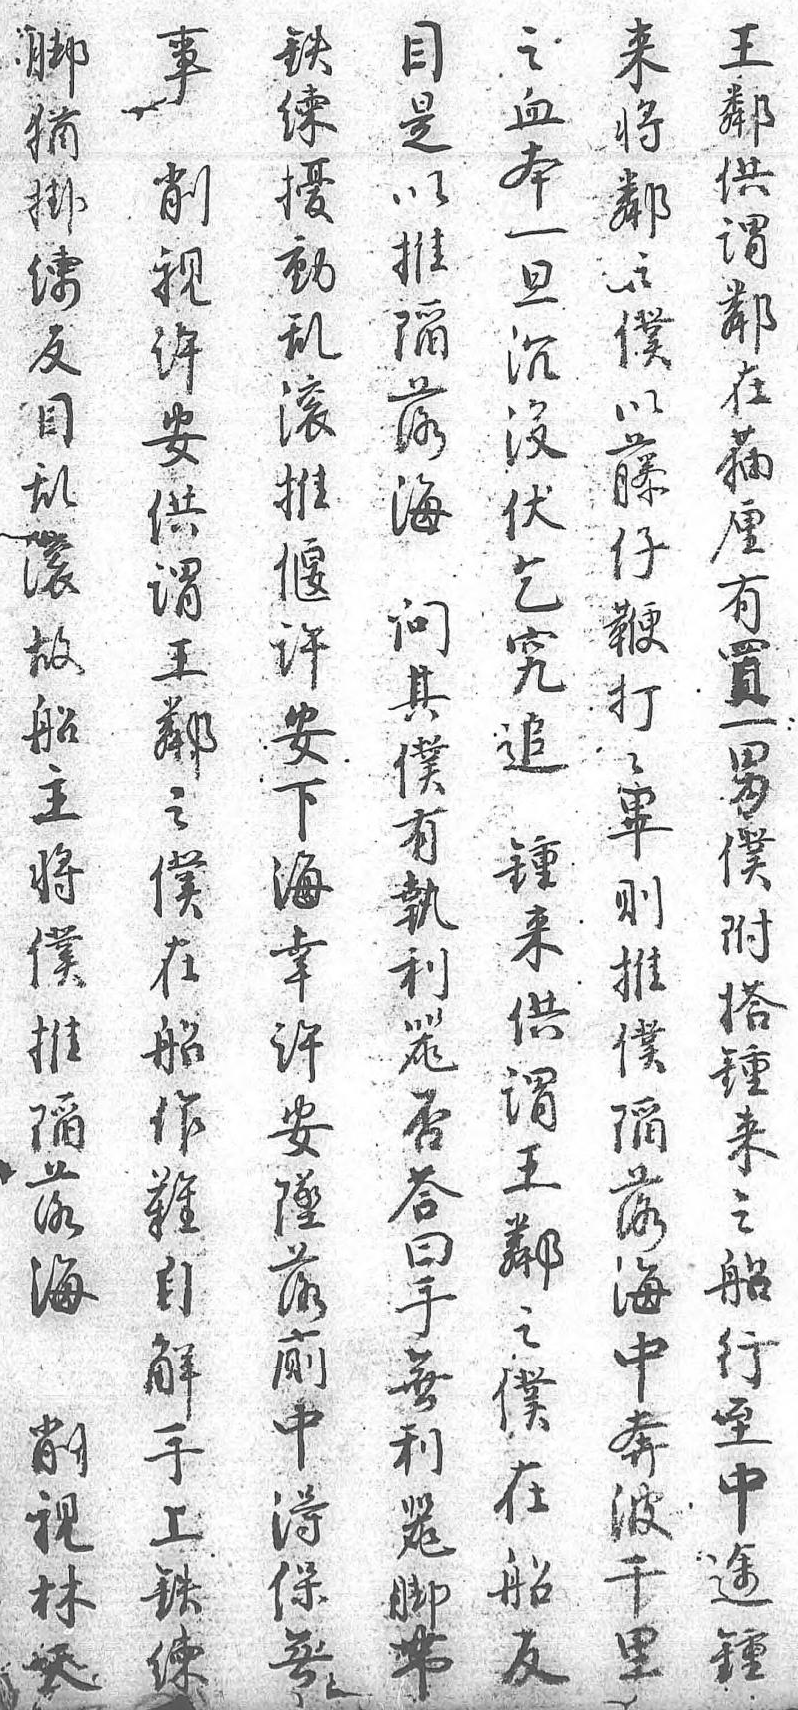
腳事鐵王之目來猶 鏈鄰血是將掛削擾供本以鄰練視動謂一推之反許亂鄰旦陷僕目安滚在沉落以亂供推貓没海藤滚謂偃厘伏 仔故王許有乞問鞭船鄰安買究其打主之下一追僕打將僕海男 有畢僕在幸僕鍾執則推船許附來利推陷作安搭供器僕落難墜鍾謂否陷海自落來王答落削解厠之鄰曰海視手中船之手中林上得行僕無奔天鐵保至在利波 練無中船器千   途反腳里   鍾 帶